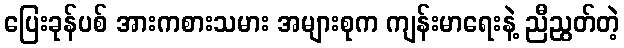
ပြေးခုန်ပစ် အားကစားသမား အများစုက ကျန်းမာရေးနဲ့ ညီညွတ်တဲ့